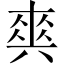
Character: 𤕤